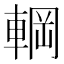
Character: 𮝚